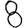
Digit: 8